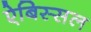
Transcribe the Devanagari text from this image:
ऐबिस्सल